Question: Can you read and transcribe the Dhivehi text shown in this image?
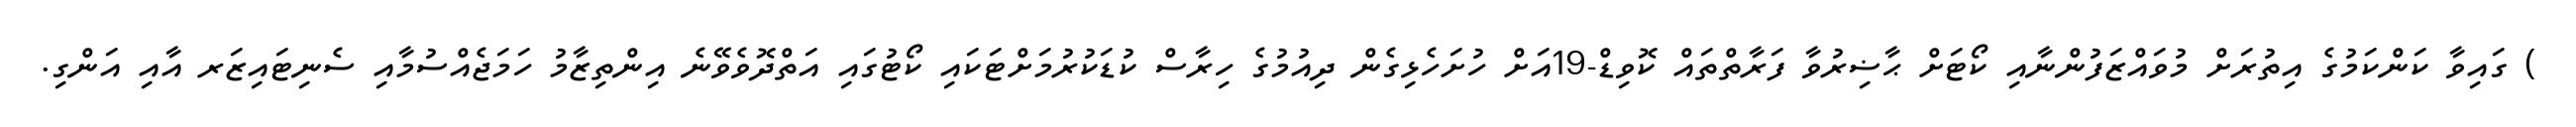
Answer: ) ގައިވާ ކަންކަމުގެ އިތުރަށް މުވައްޒަފުންނާއި ކޯޓަށް ޙާޟިރުވާ ފަރާތްތައް ކޮވިޑް-19އަށް ހުށަހެޅިގެން ދިއުމުގެ ހިރާސް ކުޑަކުރުމަށްޓަކައި ކޯޓުގައި އަތްދޮވެވޭނެ އިންތިޒާމު ހަމަޖެއްސުމާއި ސެނިޓައިޒަރ އާއި އަންގި.